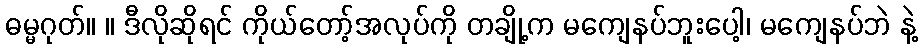
ဓမ္မဂုတ်။ ။ ဒီလိုဆိုရင် ကိုယ်တော့်အလုပ်ကို တချို့က မကျေနပ်ဘူးပေါ့၊ မကျေနပ်ဘဲ နဲ့